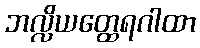
ဘလ္လိယတ္ထေရဂါထာ